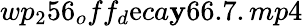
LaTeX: wp_{2}56_{o}ff_{d}\mathrm{e}ca\mathbf{y}66.7.mp4